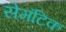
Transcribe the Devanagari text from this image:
सेमंटिक